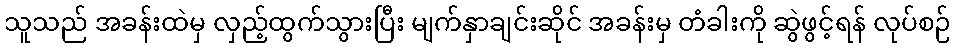
သူသည် အခန်းထဲမှ လှည့်ထွက်သွားပြီး မျက်နှာချင်းဆိုင် အခန်းမှ တံခါးကို ဆွဲဖွင့်ရန် လုပ်စဉ်